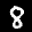
Label: 8